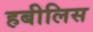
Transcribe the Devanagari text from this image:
हबीलिस